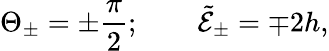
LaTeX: \Theta_{\pm}=\pm\frac{\pi}{2};\qquad\tilde{\mathcal{E}}_{\pm}=\mp 2h,